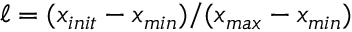
\ell = ( x _ { i n i t } - x _ { m i n } ) / ( x _ { m a x } - x _ { m i n } )